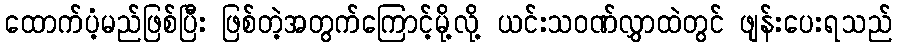
ထောက်ပံ့မည်ဖြစ်ပြီး ဖြစ်တဲ့အတွက်ကြောင့်မို့လို့ ယင်းသဝဏ်လွှာထဲတွင် ဖျန်းပေးရသည်